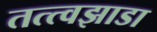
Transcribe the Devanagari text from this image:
तत्त्वझाडा